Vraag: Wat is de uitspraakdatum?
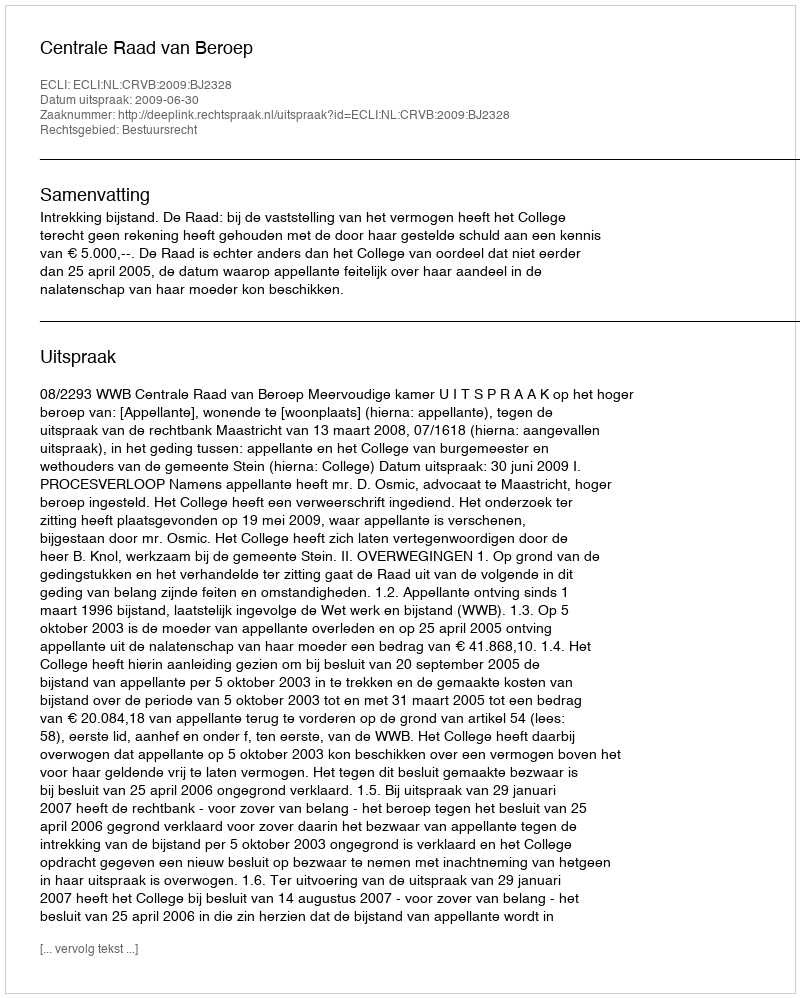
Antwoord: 2009-06-30